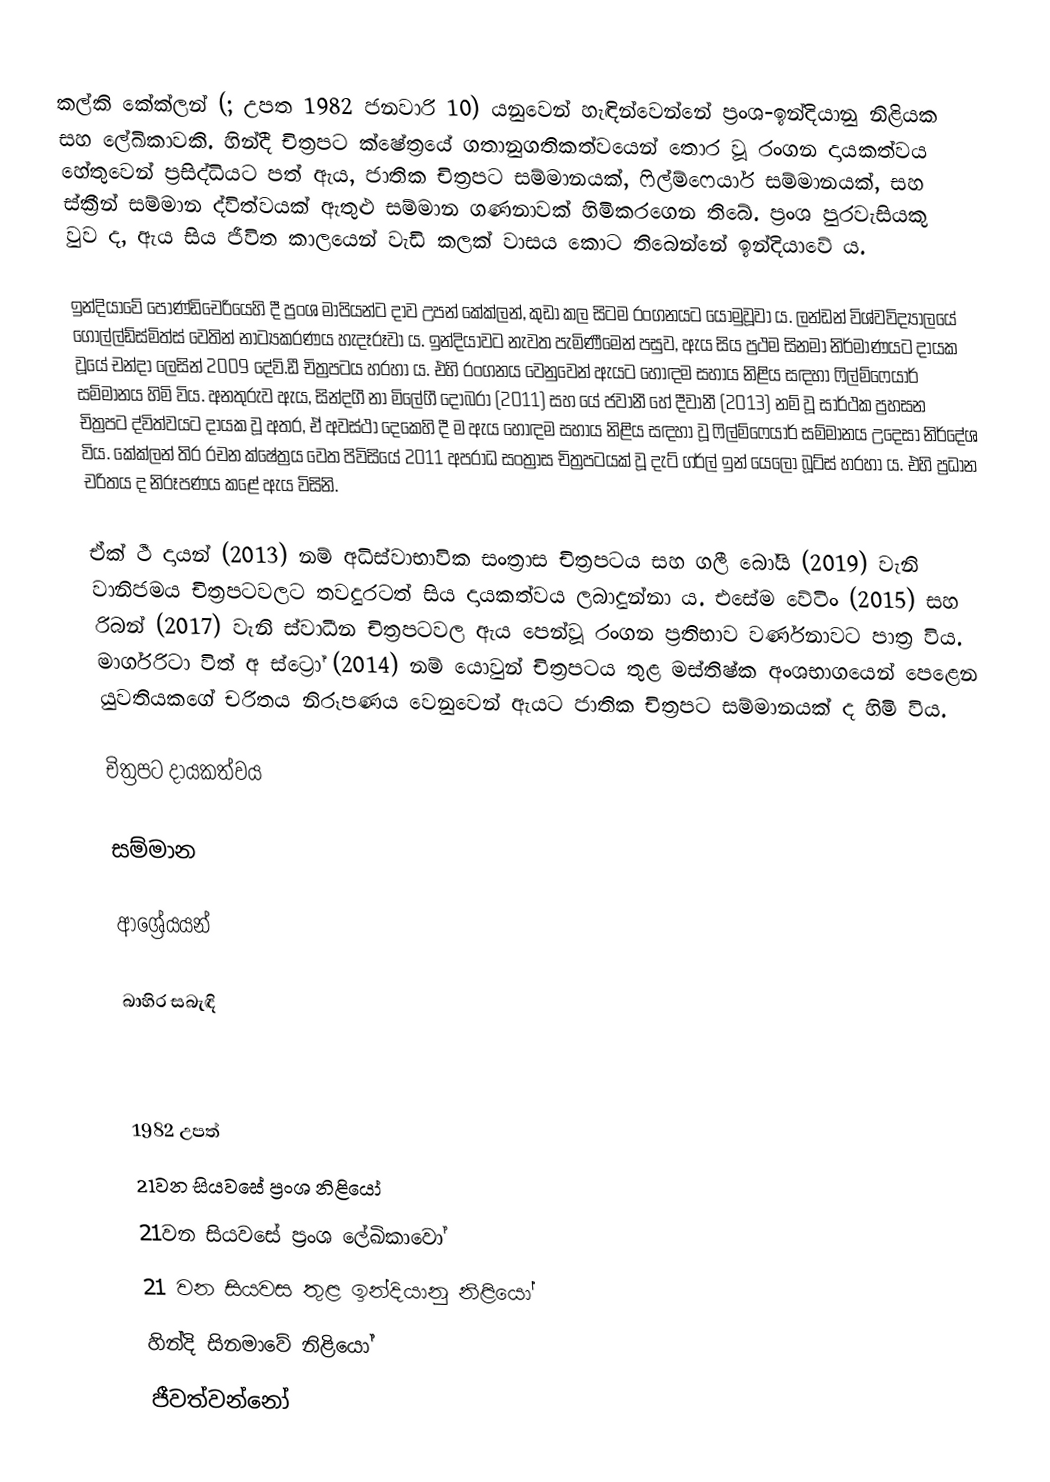
කල්කි කේක්ලන් (; උපත 1982 ජනවාරි 10) යනුවෙන් හැඳින්වෙන්නේ ප්‍රංශ-ඉන්දියානු නිළියක සහ ලේඛිකාවකි. හින්දී චිත්‍රපට ක්ෂේත්‍රයේ ගතානුගතිකත්වයෙන් තොර වූ රංගන දායකත්වය හේතුවෙන් ප්‍රසිද්ධියට පත් ඇය, ජාතික චිත්‍රපට සම්මානයක්, ෆිල්ම්ෆෙයාර් සම්මානයක්, සහ ස්ක්‍රීන් සම්මාන ද්විත්වයක් ඇතුළු සම්මාන ගණනාවක් හිමිකරගෙන තිබේ. ප්‍රංශ පුරවැසියකු වුව ද, ඇය සිය ජීවිත කාලයෙන් වැඩි කලක් වාසය කොට තිබෙන්නේ ඉන්දියාවේ ය.

ඉන්දියාවේ පොණ්ඩිචෙරියෙහි දී ප්‍රංශ මාපියන්ට දාව උපන් කේක්ලන්, කුඩා කල සිටම රංගනයට යොමුවූවා ය. ලන්ඩන් විශ්වවිද්‍යාලයේ ගොල්ල්ඩ්ස්මිත්ස් වෙතින් නාට්‍යකරණය හැදෑරූවා ය. ඉන්දියාවට නැවත පැමිණීමෙන් පසුව, ඇය සිය ප්‍රථම සිනමා නිර්මාණයට දායක වූයේ චන්දා ලෙසින් 2009 දේව්.ඩී චිත්‍රපටය හරහා ය. එහි රංගනය වෙනුවෙන් ඇයට හොඳම සහාය නිළිය සඳහා ෆිල්ම්ෆෙයාර් සම්මානය හිමි විය. අනතුරුව ඇය, සින්දගී නා මිලේගී දෝබරා (2011) සහ යේ ජවානී හේ දීවානී (2013) නම් වූ සාර්ථක ප්‍රහසන චිත්‍රපට ද්විත්වයට දායක වූ අතර, ඒ අවස්ථා දෙකෙහි දී ම ඇය හොඳම සහාය නිළිය සඳහා වූ ෆිල්ම්ෆෙයාර් සම්මානය උදෙසා නිර්දේශ විය. කේක්ලන් තිර රචන ක්ෂේත්‍රය වෙත පිවිසියේ 2011 අපරාධ සංත්‍රාස චිත්‍රපටයක් වූ දැට් ගර්ල් ඉන් යෙලෝ බූට්ස් හරහා ය. එහි ප්‍රධාන චරිතය ද නිරූපණය කළේ ඇය විසිනි.

ඒක් ථී දායන් (2013) නම් අධිස්වාභාවික සංත්‍රාස චිත්‍රපටය සහ ගලී බෝයි (2019) වැනි වානිජමය චිත්‍රපටවලට තවදුරටත් සිය දායකත්වය ලබාදුන්නා ය. එසේම වේටිං (2015) සහ රිබන් (2017) වැනි ස්වාධීන චිත්‍රපටවල ඇය පෙන්වූ රංගන ප්‍රතිභාව වර්ණනාවට පාත්‍ර විය. මාර්ගරිටා විත් අ ස්ට්‍රෝ (2014) නම් යොවුන් චිත්‍රපටය තුළ මස්තිෂ්ක අංශභාගයෙන් පෙළෙන යුවතියකගේ චරිතය නිරූපණය වෙනුවෙන් ඇයට ජාතික චිත්‍රපට සම්මානයක් ද හිමි විය.

චිත්‍රපට දායකත්වය

සම්මාන

ආශ්‍රේයයන්

බාහිර සබැඳි

1982 උපත්
21වන සියවසේ ප්‍රංශ නිළියෝ
21වන සියවසේ ප්‍රංශ ලේඛිකාවෝ
21 වන සියවස තුළ ඉන්දියානු නිළියෝ
හින්දි සිනමාවේ නිළියෝ
ජීවත්වන්නෝ